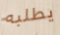
يطلبه